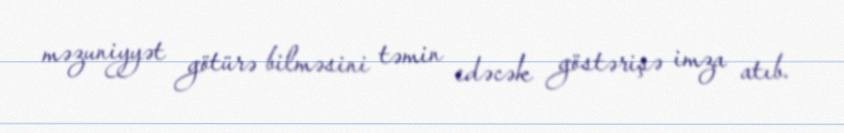
məzuniyyət götürə bilməsini təmin edəcək göstərişə imza atıb.